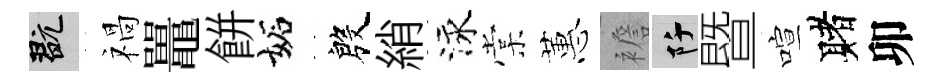
玩禍鼉餅妬殷綃泳棠蕙襜阡暨喧赌卯